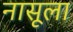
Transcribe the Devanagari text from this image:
नासूला